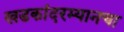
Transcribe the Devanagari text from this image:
खडकांदरम्यानचा